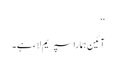
‘‘
آئین ہمارا سپریم لاء ہے۔